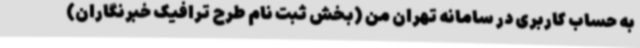
به حساب کاربری در سامانه تهران من (بخش ثبت نام طرح ترافیک خبرنگاران)